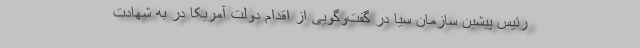
رئیس پیشین سازمان سیا در گفت‌وگویی از اقدام دولت آمریکا در به شهادت